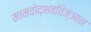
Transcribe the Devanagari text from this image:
मानवोद्भवविज्ञान